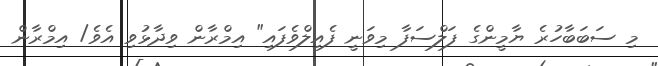
މި ސަބަބާހުރެ ޔާމީންގެ ފަލްސަފާ މިވަނީ ފެއިލްވެފައި" އިމްރާން ވިދާޅުވި އެވެ/ އިމްރާން